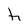
Character: h